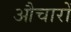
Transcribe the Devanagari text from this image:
औचारों